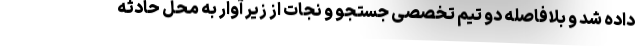
داده شد و بلافاصله دو تیم تخصصی جستجو و نجات از زیر آوار به محل حادثه